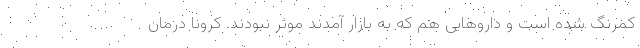
کمرنگ شده است و داروهایی هم که به بازار آمدند موثر نبودند. کرونا درمان